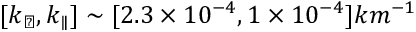
[ k _ { \perp } , k _ { \parallel } ] \sim [ 2 . 3 \times 1 0 ^ { - 4 } , 1 \times 1 0 ^ { - 4 } ] k m ^ { - 1 }